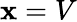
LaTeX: \mathbf{x}=V